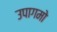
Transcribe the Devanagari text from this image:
उपागमो